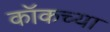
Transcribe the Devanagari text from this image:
कॉकच्या